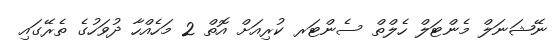
ނޭޝަނަލް މެންޓަލް ހެލްތް ސެންޓަރ ކުރިއަށް އޮތް 2 މަހެއްހާ ދުވަހުގެ ތެރޭގައި